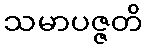
သမာပဇ္ဇတိ